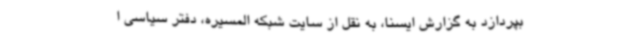
بپردازد به گزارش ایسنا، به نقل از سایت شبکه المسیره، دفتر سیاسی ا